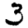
Digit: 3